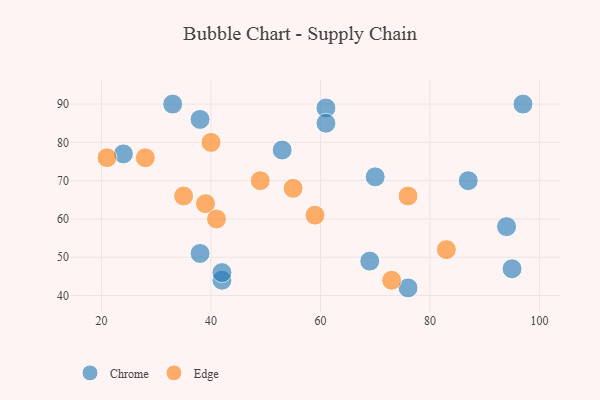
{"axis": {"x": "GDP", "y": "Life Expectancy"}, "legend": ["Chrome", "Edge"], "data": [{"x": "38", "y": 51, "type": "Chrome"}, {"x": "24", "y": 77, "type": "Chrome"}, {"x": "61", "y": 89, "type": "Chrome"}, {"x": "87", "y": 70, "type": "Chrome"}, {"x": "76", "y": 42, "type": "Chrome"}, {"x": "53", "y": 78, "type": "Chrome"}, {"x": "38", "y": 86, "type": "Chrome"}, {"x": "94", "y": 58, "type": "Chrome"}, {"x": "33", "y": 90, "type": "Chrome"}, {"x": "42", "y": 44, "type": "Chrome"}, {"x": "70", "y": 71, "type": "Chrome"}, {"x": "69", "y": 49, "type": "Chrome"}, {"x": "97", "y": 90, "type": "Chrome"}, {"x": "95", "y": 47, "type": "Chrome"}, {"x": "61", "y": 85, "type": "Chrome"}, {"x": "42", "y": 46, "type": "Chrome"}, {"x": "39", "y": 64, "type": "Edge"}, {"x": "28", "y": 76, "type": "Edge"}, {"x": "41", "y": 60, "type": "Edge"}, {"x": "40", "y": 80, "type": "Edge"}, {"x": "73", "y": 44, "type": "Edge"}, {"x": "83", "y": 52, "type": "Edge"}, {"x": "59", "y": 61, "type": "Edge"}, {"x": "76", "y": 66, "type": "Edge"}, {"x": "21", "y": 76, "type": "Edge"}, {"x": "55", "y": 68, "type": "Edge"}, {"x": "49", "y": 70, "type": "Edge"}, {"x": "35", "y": 66, "type": "Edge"}]}